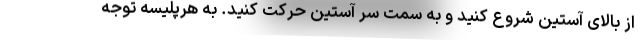
از بالای آستین شروع کنید و به سمت سر آستین حرکت کنید. به هرپلیسه توجه